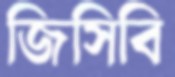
জিসিবি